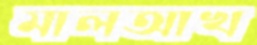
মালআখ